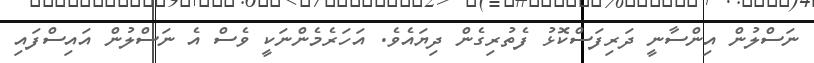
ނަސްލުން އިންސާނީ ދަރިފަސްކޮޅު ފެތުރިގެން ދިޔައެވެ. އަހަރެމެންނަކީ ވެސް އެ ނަސްލުން އައިސްފައި